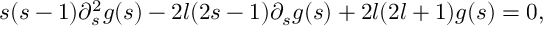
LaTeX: s ( s - 1 ) \partial _ { s } ^ { 2 } g ( s ) - 2 l ( 2 s - 1 ) \partial _ { s } g ( s ) + 2 l ( 2 l + 1 ) g ( s ) = 0 ,